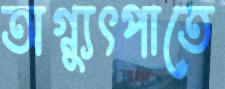
অগ্ন্যুৎপাতে